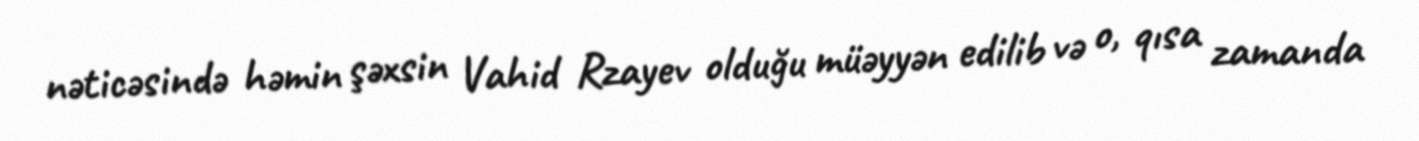
nəticəsində həmin şəxsin Vahid Rzayev olduğu müəyyən edilib və o, qısa zamanda